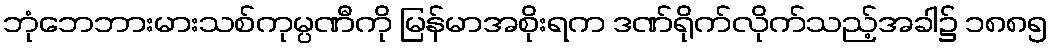
ဘုံဘေဘားမားသစ်ကုမ္ပဏီကို မြန်မာအစိုးရက ဒဏ်ရိုက်လိုက်သည့်အခါ၌ ၁၈၈၅